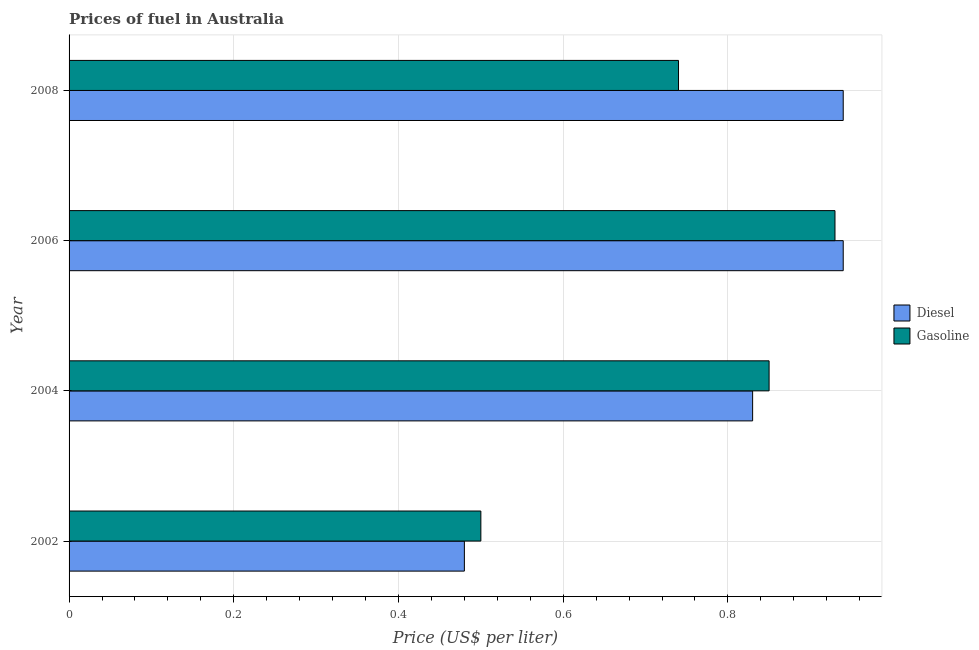
| Year | Diesel | Gasoline |
 | --- | --- | --- |
 | 2002 | 0.48 | 0.5 |
 | 2004 | 0.83 | 0.85 |
 | 2006 | 0.94 | 0.93 |
 | 2008 | 0.94 | 0.74 |